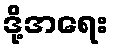
ဒို့အရေး